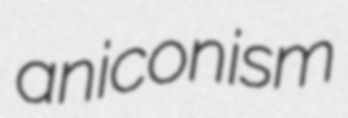
aniconism